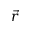
\vec { r }